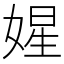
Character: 𡟙